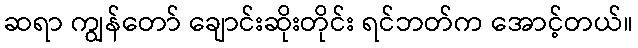
ဆရာ ကျွန်တော် ချောင်းဆိုးတိုင်း ရင်ဘတ်က အောင့်တယ်။